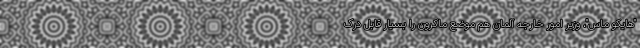
"هایکو ماس"، وزیر امور خارجه آلمان هم موضع ماکرون را بسیار قابل درک